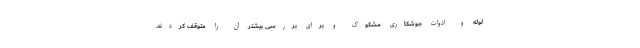
لوله و ادوات جوشکاری مشکوک و برای بررسی بیشتر آن را متوقف کردند.